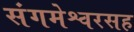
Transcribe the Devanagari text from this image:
संगमेश्वरसह